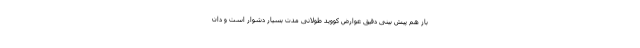
باز هم پیش بینی دقیق عوارض کووید طولانی مدت بسیار دشوار است و دان